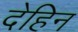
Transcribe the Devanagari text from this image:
देहिन